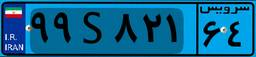
۵۲S۶۷۵۰۲